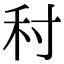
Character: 𡬟